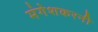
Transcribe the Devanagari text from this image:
मंगेशकरनी